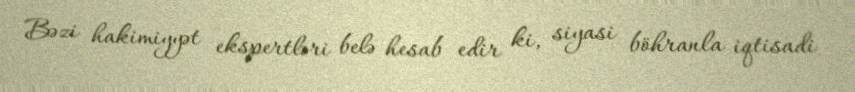
Bəzi hakimiyyət ekspertləri belə hesab edir ki, siyasi böhranla iqtisadi